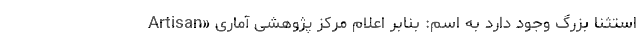
استثنا بزرگ وجود دارد به اسم: بنابر اعلام مرکز پژوهشی آماری «Artisan